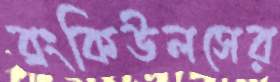
ব্রংকিউলসের